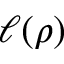
\ell ( \rho )